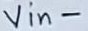
Text: Vin-